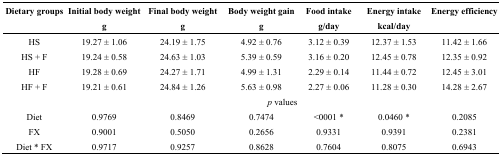
| Dietary groups | Initial body weight | Final body weight | Body weight gain | Food intake | Energy intake | Energy efficiency |
 |  | g | g | g | g/day | kcal/day |  |
 | --- | --- | --- | --- | --- | --- | --- |
 | HS | 19.27 ± 1.06 | 24.19 ± 1.75 | 4.92 ± 0.76 | 3.12 ± 0.39 | 12.37 ± 1.53 | 11.42 ± 1.66 |
 | HS + F | 19.24 ± 0.58 | 24.63 ± 1.03 | 5.39 ± 0.59 | 3.16 ± 0.20 | 12.45 ± 0.78 | 12.35 ± 0.92 |
 | HF | 19.28 ± 0.69 | 24.27 ± 1.71 | 4.99 ± 1.31 | 2.29 ± 0.14 | 11.44 ± 0.72 | 12.45 ± 3.01 |
 | HF + F | 19.21 ± 0.61 | 24.84 ± 1.26 | 5.63 ± 0.98 | 2.27 ± 0.06 | 11.28 ± 0.30 | 14.28 ± 2.67 |
 |  | <COLSPAN=6> p values |
 | Diet | 0.9769 | 0.8469 | 0.7474 | <0001 * | 0.0460 * | 0.2085 |
 | FX | 0.9001 | 0.5050 | 0.2656 | 0.9331 | 0.9391 | 0.2381 |
 | Diet * FX | 0.9717 | 0.9257 | 0.8628 | 0.7604 | 0.8075 | 0.6943 |